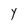
Character: Y